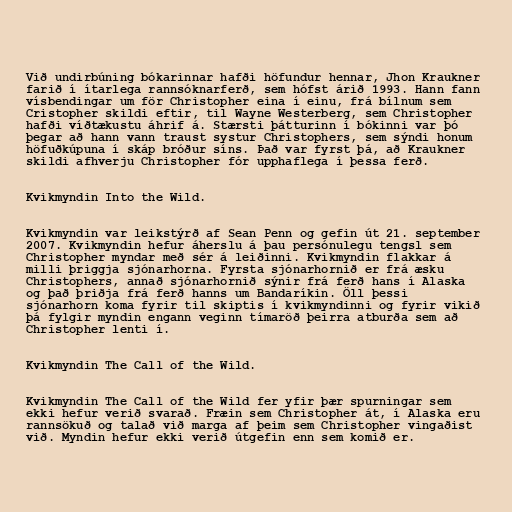
Við undirbúning bókarinnar hafði höfundur hennar, Jhon Kraukner
farið í ítarlega rannsóknarferð, sem hófst árið 1993. Hann fann
vísbendingar um för Christopher eina í einu, frá bílnum sem
Cristopher skildi eftir, til Wayne Westerberg, sem Christopher
hafði víðtækustu áhrif á. Stærsti þátturinn í bókinni var þó
þegar að hann vann traust systur Christophers, sem sýndi honum
höfuðkúpuna í skáp bróður síns. Það var fyrst þá, að Kraukner
skildi afhverju Christopher fór upphaflega í þessa ferð.

Kvikmyndin Into the Wild.

Kvikmyndin var leikstýrð af Sean Penn og gefin út 21. september
2007. Kvikmyndin hefur áherslu á þau persónulegu tengsl sem
Christopher myndar með sér á leiðinni. Kvikmyndin flakkar á
milli þriggja sjónarhorna. Fyrsta sjónarhornið er frá æsku
Christophers, annað sjónarhornið sýnir frá ferð hans í Alaska
og það þriðja frá ferð hanns um Bandaríkin. Öll þessi
sjónarhorn koma fyrir til skiptis í kvikmyndinni og fyrir vikið
þá fylgir myndin engann veginn tímaröð þeirra atburða sem að
Christopher lenti í.

Kvikmyndin The Call of the Wild.

Kvikmyndin The Call of the Wild fer yfir þær spurningar sem
ekki hefur verið svarað. Fræin sem Christopher át, í Alaska eru
rannsökuð og talað við marga af þeim sem Christopher vingaðist
við. Myndin hefur ekki verið útgefin enn sem komið er.